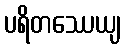
ပရိတဿေယျ